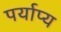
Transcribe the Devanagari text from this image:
पर्याप्य